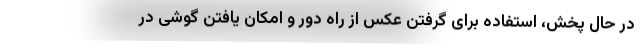
در حال پخش، استفاده برای گرفتن عکس از راه دور و امکان یافتن گوشی در